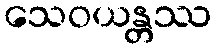
သေဝယန္တဿ